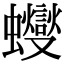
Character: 𧕊